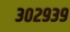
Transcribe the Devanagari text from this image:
३०२९३९